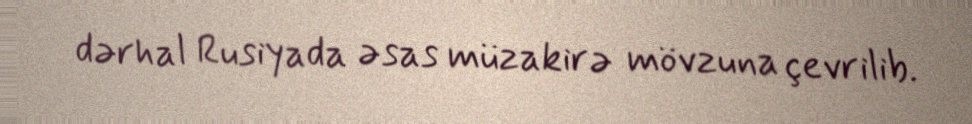
dərhal Rusiyada əsas müzakirə mövzuna çevrilib.